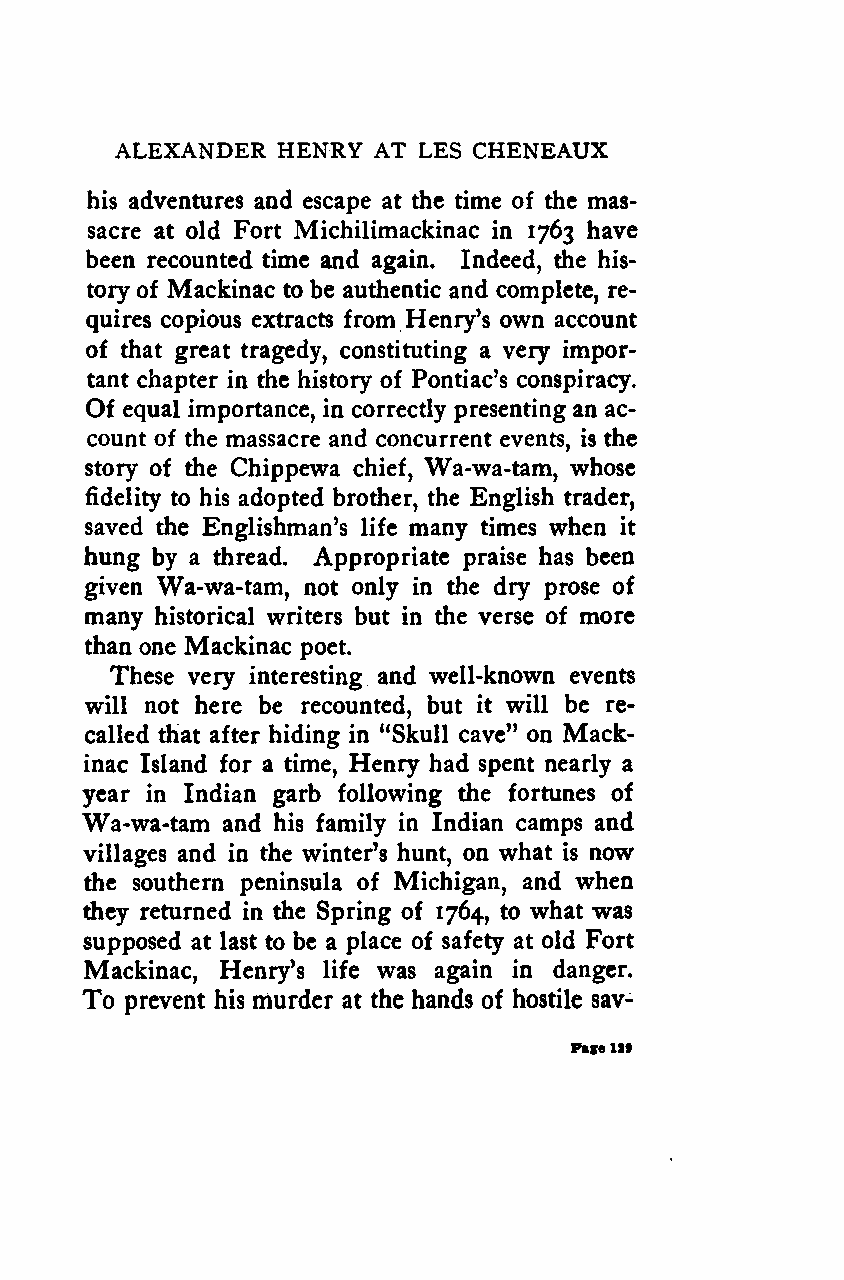
ALEXANDER HENRY  AT LES CHENEAUX
 his adventures and escape at the time of the mas-
 sacre at old Fort Michilimackinac in 1763 have
 been recounted time and again. Indeed, the his-
 tory of Mackinac to be authentic and complete, re-
 quires copious extracts from Henry's own account
 of that great tragedy, constituting a very impor-
 tant chapter in the history of Pontiac's conspiracy.
 Of equal importance, in correctly presenting an ac-
 count of the massacre and concurrent events, is the
 story of the Chippewa chief, Wa-wa-tam, whose
 fidelity to his adopted brother, the English trader,
 saved the Englishman's life many times when it
 hung by a thread. Appropriate praise has been
 given Wa-wa-tam, not only in the dry prose of
 many historical writers but in the verse of more
 than one Mackinac poet.
 These very interesting and well-known events
 will not here be recounted, but it will be re-
 called that after hiding in "Skull cave" on Mack-
 inac Island for a time, Henry had spent nearly a
 year in Indian garb following the fortunes of
 Wa-wa-tam and his family in Indian camps and
 villages and in the winter's hunt, on what is now
 the southern peninsula of Michigan, and when
 they returned in the Spring of 1764, to what was
 supposed at last to be a place of safety at old Fort
 Mackinac, Henry's life was again in danger.
 To prevent his murder at the hands of hostile sav-
 Fage12t
 Google
 Digitizedby